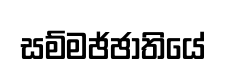
සම්මඡ්ඡාතියේ